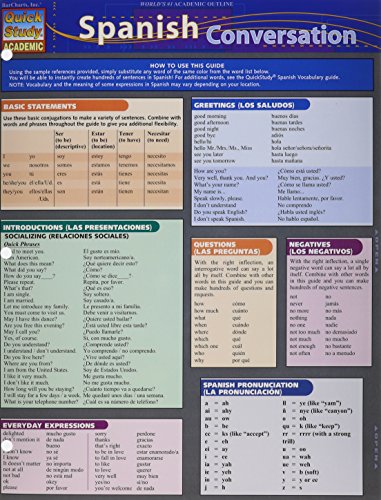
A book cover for Spanish Conversation (Quick Study: Academic); Inc. BarCharts; Reference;